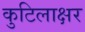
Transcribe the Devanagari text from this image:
कुटिलाक्षर